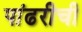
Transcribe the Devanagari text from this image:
पांढरीची